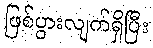
ဖြစ်ပွားလျက်ရှိပြီး